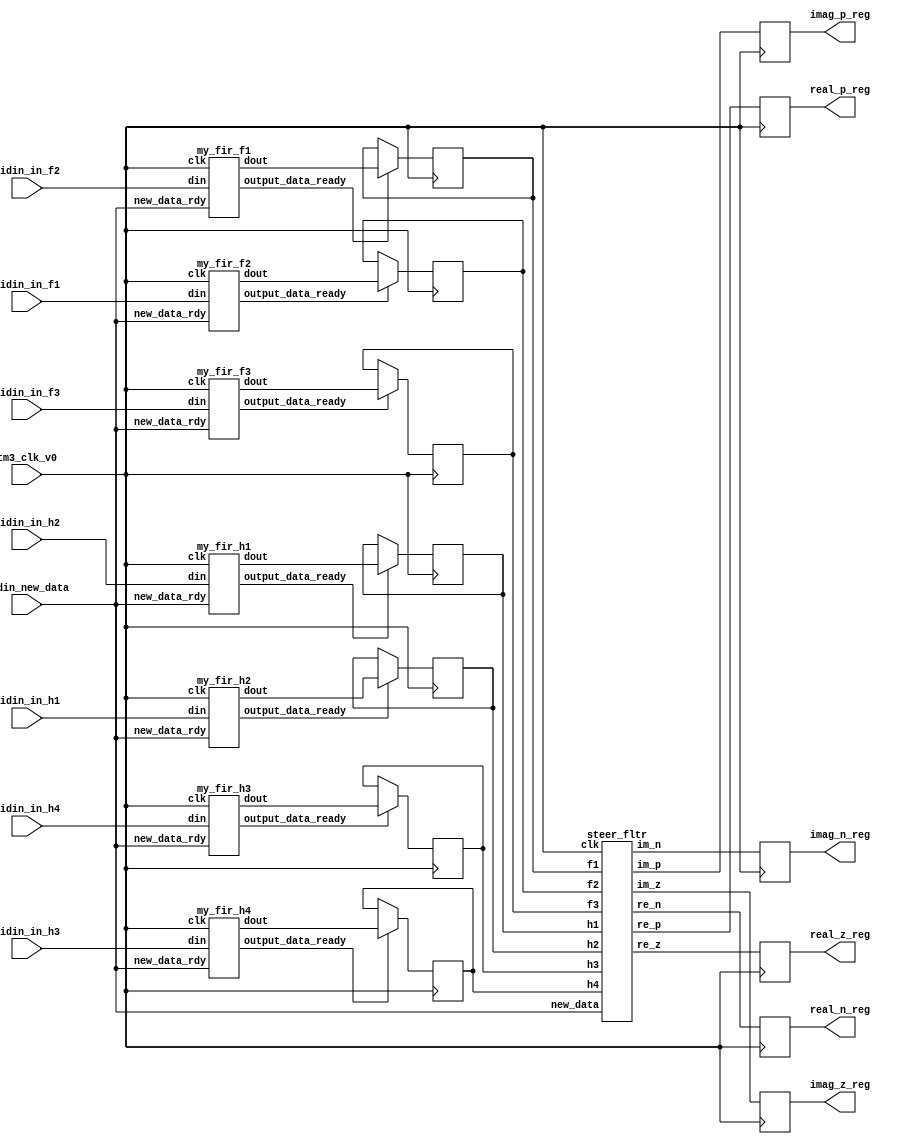
	`define WIDTH_4B 4'b1000
`define COEF0_b  29
	`define COEF1_b  101
//	`define COEF2_b  -15
//	`define COEF3_b  -235
//	`define COEF4_b  -15
	`define COEF2_b  15
	`define COEF3_b  235
	`define COEF4_b  15
	`define COEF5_b  101
	`define COEF6_b  29
	`define WIDTH_5B 5'b10000
	`define COEF0_c  4
	`define COEF1_c  42
	`define COEF2_c  163
	`define COEF3_c  255
	`define COEF4_c  163
	`define COEF5_c  42
	`define COEF6_c  4
//	`define COEF0_d  -12
//	`define COEF1_d  -77
//	`define COEF2_d  -148
	`define COEF0_d  12
	`define COEF1_d  77
	`define COEF2_d  148
	`define COEF3_d  0
	`define COEF4_d  148
	`define COEF5_d  77
	`define COEF6_d  12
	`define COEF0_1  15
//`define COEF0_1  -15
	`define COEF1_1  25
	`define COEF2_1  193
	`define COEF3_1  0
//	`define COEF4_1  -193
//	`define COEF5_1  -25
	`define COEF4_1  193
	`define COEF5_1  25
	`define COEF6_1  15
	`define COEF0_2  4
	`define COEF1_2  42
	`define COEF2_2  163
	`define COEF3_2  255
	`define COEF4_2  163
	`define COEF5_2  42
	`define COEF6_2  4
//	`define COEF0_3  -9
//	`define COEF1_3  -56
//	`define COEF2_3  -109
	`define COEF0_3  9
	`define COEF1_3  56
	`define COEF2_3  109
	`define COEF3_3  0
	`define COEF4_3  109
	`define COEF5_3  56
	`define COEF6_3  9
//	`define COEF0_4  -9
//	`define COEF1_4  -56
//	`define COEF2_4  -109
	`define COEF0_4  9
	`define COEF1_4  56
	`define COEF2_4  109
	`define COEF3_4  0
	`define COEF4_4  109
	`define COEF5_4  56
	`define COEF6_4  9

module h_fltr (tm3_clk_v0, vidin_new_data, vidin_in_f1, vidin_in_f2, vidin_in_f3, vidin_in_h1, vidin_in_h2, vidin_in_h3, vidin_in_h4, real_z_reg, imag_z_reg, real_p_reg, imag_p_reg, real_n_reg, imag_n_reg);

   input tm3_clk_v0; 
   input vidin_new_data; 
   input[15:0] vidin_in_f1; 
   input[15:0] vidin_in_f2; 
   input[15:0] vidin_in_f3; 
   input[15:0] vidin_in_h1; 
   input[15:0] vidin_in_h2; 
   input[15:0] vidin_in_h3; 
   input[15:0] vidin_in_h4; 
   output[15:0] real_z_reg; 
   reg[15:0] real_z_reg;
   output[15:0] imag_z_reg; 
   reg[15:0] imag_z_reg;
   output[15:0] real_p_reg; 
   reg[15:0] real_p_reg;
   output[15:0] imag_p_reg; 
   reg[15:0] imag_p_reg;
   output[15:0] real_n_reg; 
   reg[15:0] real_n_reg;
   output[15:0] imag_n_reg; 
   reg[15:0] imag_n_reg;

   wire[27:0] vidin_out_temp_f1; 
   reg[27:0] vidin_out_reg_f1; 
   wire my_fir_rdy_f1; 
   wire[27:0] vidin_out_temp_f2; 
   reg[27:0] vidin_out_reg_f2; 
   wire my_fir_rdy_f2; 
   wire[27:0] vidin_out_temp_f3; 
   reg[27:0] vidin_out_reg_f3; 
   wire my_fir_rdy_f3; 
   wire[27:0] vidin_out_temp_h1; 
   reg[27:0] vidin_out_reg_h1; 
   wire my_fir_rdy_h1; 
   wire[27:0] vidin_out_temp_h2; 
   reg[27:0] vidin_out_reg_h2; 
   wire my_fir_rdy_h2; 
   wire[27:0] vidin_out_temp_h3; 
   reg[27:0] vidin_out_reg_h3; 
   wire my_fir_rdy_h3; 
   wire[27:0] vidin_out_temp_h4; 
   reg[27:0] vidin_out_reg_h4; 
   wire my_fir_rdy_h4; 
   wire[28:0] sum_tmp_1; 
   wire[28:0] sum_tmp_2; 

   wire[28:0] sum_tmp_3; 
   wire[28:0] sum_tmp_4; 
   wire[30:0] sum_tmp_5; 
   wire[15:0] real_p; 
   wire[15:0] imag_p; 
   wire[15:0] real_z; 
   wire[15:0] imag_z; 
   wire[15:0] real_n; 
   wire[15:0] imag_n; 
   wire[16:0] tmp; 

   my_fir_f1 your_instance_name_f1 (tm3_clk_v0, vidin_new_data, my_fir_rdy_f1, vidin_in_f2, vidin_out_temp_f1); 
   my_fir_f2 your_instance_name_f2 (tm3_clk_v0, vidin_new_data, my_fir_rdy_f2, vidin_in_f1, vidin_out_temp_f2); 
   my_fir_f3 your_instance_name_f3 (tm3_clk_v0, vidin_new_data, my_fir_rdy_f3, vidin_in_f3, vidin_out_temp_f3); 
   my_fir_h1 your_instance_name_h1 (tm3_clk_v0, vidin_new_data, my_fir_rdy_h1, vidin_in_h2, vidin_out_temp_h1); 
   my_fir_h2 your_instance_name_h2 (tm3_clk_v0, vidin_new_data, my_fir_rdy_h2, vidin_in_h1, vidin_out_temp_h2); 
   my_fir_h3 your_instance_name_h3 (tm3_clk_v0, vidin_new_data, my_fir_rdy_h3, vidin_in_h4, vidin_out_temp_h3); 
   my_fir_h4 your_instance_name_h4 (tm3_clk_v0, vidin_new_data, my_fir_rdy_h4, vidin_in_h3, vidin_out_temp_h4); 
   steer_fltr my_steer_fltr_inst (tm3_clk_v0, vidin_new_data, vidin_out_reg_f1, vidin_out_reg_f2, vidin_out_reg_f3, vidin_out_reg_h1, vidin_out_reg_h2, vidin_out_reg_h3, vidin_out_reg_h4, real_z, imag_z, real_p, imag_p, real_n, imag_n); 

   always @(posedge tm3_clk_v0)
   begin
         if (my_fir_rdy_f1 == 1'b1)
         begin
            vidin_out_reg_f1 <= vidin_out_temp_f1 ; 
         end 
         if (my_fir_rdy_f2 == 1'b1)
         begin
            vidin_out_reg_f2 <= vidin_out_temp_f2 ; 
         end 
         if (my_fir_rdy_f3 == 1'b1)
         begin
            vidin_out_reg_f3 <= vidin_out_temp_f3 ; 
         end 
         if (my_fir_rdy_h1 == 1'b1)
         begin
            vidin_out_reg_h1 <= vidin_out_temp_h1 ; 
         end 
         if (my_fir_rdy_h2 == 1'b1)
         begin
            vidin_out_reg_h2 <= vidin_out_temp_h2 ; 
         end 
         if (my_fir_rdy_h3 == 1'b1)
         begin
            vidin_out_reg_h3 <= vidin_out_temp_h3 ; 

         end 
         if (my_fir_rdy_h4 == 1'b1)
         begin
            vidin_out_reg_h4 <= vidin_out_temp_h4 ; 
         end 
   end 

   always @(posedge tm3_clk_v0)
   begin
         real_z_reg <= real_z ; 
         imag_z_reg <= imag_z ; 
         real_p_reg <= real_p ; 
         imag_p_reg <= imag_p ; 
         real_n_reg <= real_n ; 
         imag_n_reg <= imag_n ; 
   end 
endmodule
module steer_fltr (clk, new_data, f1, f2, f3, h1, h2, h3, h4, re_z, im_z, re_p, im_p, re_n, im_n);

   input clk; 
   input new_data; 
   input[27:0] f1; 
   input[27:0] f2; 
   input[27:0] f3; 
   input[27:0] h1; 
   input[27:0] h2; 
   input[27:0] h3; 
   input[27:0] h4; 
   output[15:0] re_z; 
   reg[15:0] re_z;
   output[15:0] im_z; 
   reg[15:0] im_z;
   output[15:0] re_p; 
   reg[15:0] re_p;
   output[15:0] im_p; 
   reg[15:0] im_p;
   output[15:0] re_n; 
   reg[15:0] re_n;
   output[15:0] im_n; 
   reg[15:0] im_n;

   reg[27:0] f1_reg; 
   reg[27:0] f2_reg; 
   reg[27:0] f3_reg; 
   reg[27:0] h1_reg; 
   reg[27:0] h2_reg; 
   reg[27:0] h3_reg; 
   reg[27:0] h4_reg; 
   reg[28:0] re_z_tmp_1; 
   reg[28:0] im_z_tmp_1; 
   reg[28:0] re_p_tmp_1; 
   reg[28:0] re_p_tmp_2; 
   reg[28:0] re_p_tmp_3; 
   reg[28:0] im_p_tmp_1; 
   reg[28:0] im_p_tmp_2; 
   reg[28:0] im_p_tmp_3; 
   reg[28:0] im_p_tmp_4; 
   reg[30:0] re_z_tmp; 
   reg[30:0] im_z_tmp; 
   reg[30:0] re_p_tmp; 
   reg[30:0] im_p_tmp; 
   reg[30:0] re_n_tmp; 
   reg[30:0] im_n_tmp; 

   always @(posedge clk)
   begin
         if (new_data == 1'b1)
         begin
            f1_reg <= f1 ; 
            f2_reg <= f2 ; 
            f3_reg <= f3 ; 
            h1_reg <= h1 ; 
            h2_reg <= h2 ; 
            h3_reg <= h3 ; 
            h4_reg <= h4 ; 
         end 
   end 

   always @(posedge clk)
   begin
         re_z_tmp_1 <= {f1_reg[27], f1_reg} ; 
         im_z_tmp_1 <= {h1_reg[27], h1_reg} ; 
         re_p_tmp_1 <= {f1_reg[27], f1_reg[27], f1_reg[27:1]} ; 
         re_p_tmp_2 <= {f3_reg[27], f3_reg[27:0]} ; 
         re_p_tmp_3 <= {f2_reg[27], f2_reg[27], f2_reg[27:1]} ; 
         im_p_tmp_1 <= ({h1_reg[27], h1_reg[27], h1_reg[27], h1_reg[27:2]}) + ({h1_reg[27], h1_reg[27], h1_reg[27], h1_reg[27], h1_reg[27:3]}) ; 
         im_p_tmp_2 <= ({h4_reg[27], h4_reg}) + ({h4_reg[27], h4_reg[27], h4_reg[27], h4_reg[27], h4_reg[27], h4_reg[27:4]}) ; 
         im_p_tmp_3 <= ({h3_reg[27], h3_reg}) + ({h3_reg[27], h3_reg[27], h3_reg[27], h3_reg[27], h3_reg[27], h3_reg[27:4]}) ; 
         im_p_tmp_4 <= ({h2_reg[27], h2_reg[27], h2_reg[27], h2_reg[27:2]}) + ({h2_reg[27], h2_reg[27], h2_reg[27], h2_reg[27], h2_reg[27:3]}) ; 
         re_z_tmp <= {re_z_tmp_1[28], re_z_tmp_1[28], re_z_tmp_1} ; 
         im_z_tmp <= {im_z_tmp_1[28], im_z_tmp_1[28], im_z_tmp_1} ; 
         re_p_tmp <= ({re_p_tmp_1[28], re_p_tmp_1[28], re_p_tmp_1}) - ({re_p_tmp_2[28], re_p_tmp_2[28], re_p_tmp_2}) + ({re_p_tmp_3[28], re_p_tmp_3[28], re_p_tmp_3}) ; 
         im_p_tmp <= ({im_p_tmp_1[28], im_p_tmp_1[28], im_p_tmp_1}) - ({im_p_tmp_2[28], im_p_tmp_2[28], im_p_tmp_2}) + ({im_p_tmp_3[28], im_p_tmp_3[28], im_p_tmp_3}) - ({im_p_tmp_4[28], im_p_tmp_4[28], im_p_tmp_4}) ; 
         re_n_tmp <= ({re_p_tmp_1[28], re_p_tmp_1[28], re_p_tmp_1}) + ({re_p_tmp_2[28], re_p_tmp_2[28], re_p_tmp_2}) + ({re_p_tmp_3[28], re_p_tmp_3[28], re_p_tmp_3}) ; 
         im_n_tmp <= ({im_p_tmp_1[28], im_p_tmp_1[28], im_p_tmp_1}) + ({im_p_tmp_2[28], im_p_tmp_2[28], im_p_tmp_2}) + ({im_p_tmp_3[28], im_p_tmp_3[28], im_p_tmp_3}) + ({im_p_tmp_4[28], im_p_tmp_4[28], im_p_tmp_4}) ; 
         re_z <= re_z_tmp[30:15] ; 
         im_z <= im_z_tmp[30:15] ; 
         re_p <= re_p_tmp[30:15] ; 
         im_p <= im_p_tmp[30:15] ; 
         re_n <= re_n_tmp[30:15] ; 
         im_n <= im_n_tmp[30:15] ; 
   end 
endmodule
module my_fir_h4 (clk, new_data_rdy, output_data_ready, din, dout);

//coefdata=-9,-56,-109,0,109,56,9;
	//	parameter WIDTH = 5'b10000;

    input clk; 
    input[`WIDTH_5B - 1:0] din; 
    output[28 - 1:0] dout; 
    reg[28 - 1:0] dout;
	input new_data_rdy;
	output output_data_ready;
	reg output_data_ready;

    reg[`WIDTH_5B - 1:0]n_delay_reg1;
    reg[`WIDTH_5B - 1:0]n_delay_reg2;
    reg[`WIDTH_5B - 1:0]n_delay_reg3;
    reg[`WIDTH_5B - 1:0]n_delay_reg4;
    reg[`WIDTH_5B - 1:0]n_delay_reg5;
    reg[`WIDTH_5B - 1:0]n_delay_reg6;

    always @(posedge clk)
    begin
		if (new_data_rdy == 1'b1)
		begin
			n_delay_reg1 <= din;
			n_delay_reg2 <= n_delay_reg1;
			n_delay_reg3 <= n_delay_reg2;
			n_delay_reg4 <= n_delay_reg3;
			n_delay_reg5 <= n_delay_reg4;
			n_delay_reg6 <= n_delay_reg5;
		
			output_data_ready <= 1'b1;
			dout <= (din * `COEF0_4) + 
				(n_delay_reg1 * `COEF1_4) + 
				(n_delay_reg2 * `COEF2_4) + 
				(n_delay_reg4 * `COEF4_4) + 
				(n_delay_reg5 * `COEF5_4) + 
				(n_delay_reg6 * `COEF6_4);
		end
		else
		begin
			output_data_ready <= 1'b0;
		end
	end
endmodule
module my_fir_h3 (clk, new_data_rdy, output_data_ready, din, dout);

//coefdata=-9,-56,-109,0,109,56,9;
//	parameter WIDTH = 5'b10000;

    input clk; 
    input[`WIDTH_5B - 1:0] din; 
    output[28 - 1:0] dout; 
    reg[28 - 1:0] dout;
	input new_data_rdy;
	output output_data_ready;
	reg output_data_ready;

    reg[`WIDTH_5B - 1:0]n_delay_reg1;
    reg[`WIDTH_5B - 1:0]n_delay_reg2;
    reg[`WIDTH_5B - 1:0]n_delay_reg3;
    reg[`WIDTH_5B - 1:0]n_delay_reg4;
    reg[`WIDTH_5B - 1:0]n_delay_reg5;
    reg[`WIDTH_5B - 1:0]n_delay_reg6;

    always @(posedge clk)
    begin
		if (new_data_rdy == 1'b1)
		begin
			n_delay_reg1 <= din;
			n_delay_reg2 <= n_delay_reg1;
			n_delay_reg3 <= n_delay_reg2;
			n_delay_reg4 <= n_delay_reg3;
			n_delay_reg5 <= n_delay_reg4;
			n_delay_reg6 <= n_delay_reg5;
		
			output_data_ready <= 1'b1;
			dout <= (din * `COEF0_3) + 
				(n_delay_reg1 * `COEF1_3) + 
				(n_delay_reg2 * `COEF2_3) + 
				(n_delay_reg4 * `COEF4_3) + 
				(n_delay_reg5 * `COEF5_3) + 
				(n_delay_reg6 * `COEF6_3);
		end
		else
		begin
			output_data_ready <= 1'b0;
		end
	end
endmodule
module my_fir_h2 (clk, new_data_rdy, output_data_ready, din, dout);

//coefdata=4,42,163,255,163,42,4;

//	parameter `WIDTH = 5'b10000;

    input clk; 
    input[`WIDTH_5B - 1:0] din; 
    output[28 - 1:0] dout; 
    reg[28 - 1:0] dout;
	input new_data_rdy;
	output output_data_ready;
	reg output_data_ready;

    reg[`WIDTH_5B - 1:0]n_delay_reg1;
    reg[`WIDTH_5B - 1:0]n_delay_reg2;
    reg[`WIDTH_5B - 1:0]n_delay_reg3;
    reg[`WIDTH_5B - 1:0]n_delay_reg4;
    reg[`WIDTH_5B - 1:0]n_delay_reg5;
    reg[`WIDTH_5B - 1:0]n_delay_reg6;

    always @(posedge clk)
    begin
		if (new_data_rdy == 1'b1)
		begin
			n_delay_reg1 <= din;
			n_delay_reg2 <= n_delay_reg1;
			n_delay_reg3 <= n_delay_reg2;
			n_delay_reg4 <= n_delay_reg3;
			n_delay_reg5 <= n_delay_reg4;
			n_delay_reg6 <= n_delay_reg5;
		
			output_data_ready <= 1'b1;
			dout <= (din * `COEF0_2) + 
				(n_delay_reg1 * `COEF1_2) + 
				(n_delay_reg2 * `COEF2_2) + 
				(n_delay_reg3 * `COEF3_2) + 
				(n_delay_reg4 * `COEF4_2) + 
				(n_delay_reg5 * `COEF5_2) + 
				(n_delay_reg6 * `COEF6_2);
		end
		else
		begin
			output_data_ready <= 1'b0;
		end
	end
endmodule
module my_fir_h1 (clk, new_data_rdy, output_data_ready, din, dout);

//coefdata=-15,25,193,0,-193,-25,15;


//	parameter `WIDTH = 5'b10000;

    input clk; 
    input[`WIDTH_5B - 1:0] din; 
    output[28 - 1:0] dout; 
    reg[28 - 1:0] dout;
	input new_data_rdy;
	output output_data_ready;
	reg output_data_ready;

    reg[`WIDTH_5B - 1:0]n_delay_reg1;
    reg[`WIDTH_5B - 1:0]n_delay_reg2;
    reg[`WIDTH_5B - 1:0]n_delay_reg3;
    reg[`WIDTH_5B - 1:0]n_delay_reg4;
    reg[`WIDTH_5B - 1:0]n_delay_reg5;
    reg[`WIDTH_5B - 1:0]n_delay_reg6;

    always @(posedge clk)
    begin
		if (new_data_rdy == 1'b1)
		begin
			n_delay_reg1 <= din;
			n_delay_reg2 <= n_delay_reg1;
			n_delay_reg3 <= n_delay_reg2;
			n_delay_reg4 <= n_delay_reg3;
			n_delay_reg5 <= n_delay_reg4;
			n_delay_reg6 <= n_delay_reg5;
		
			output_data_ready <= 1'b1;
			dout <= (din * `COEF0_1) + 
				(n_delay_reg1 * `COEF1_1) + 
				(n_delay_reg2 * `COEF2_1) + 
				(n_delay_reg4 * `COEF4_1) + 
				(n_delay_reg5 * `COEF5_1) + 
				(n_delay_reg6 * `COEF6_1);
		end
		else
		begin
			output_data_ready <= 1'b0;
		end
	end
endmodule
module my_fir_f3 (clk, new_data_rdy, output_data_ready, din, dout);

//coefdata=-12,-77,-148,0,148,77,12;

//	parameter `WIDTH = 5'b10000;

    input clk; 
    input[`WIDTH_5B - 1:0] din; 
    output[28 - 1:0] dout; 
    reg[28 - 1:0] dout;
	input new_data_rdy;
	output output_data_ready;
	reg output_data_ready;

    reg[`WIDTH_5B - 1:0]n_delay_reg1;
    reg[`WIDTH_5B - 1:0]n_delay_reg2;
    reg[`WIDTH_5B - 1:0]n_delay_reg3;
    reg[`WIDTH_5B - 1:0]n_delay_reg4;
    reg[`WIDTH_5B - 1:0]n_delay_reg5;
    reg[`WIDTH_5B - 1:0]n_delay_reg6;

    always @(posedge clk)
    begin
		if (new_data_rdy == 1'b1)
		begin
			n_delay_reg1 <= din;
			n_delay_reg2 <= n_delay_reg1;
			n_delay_reg3 <= n_delay_reg2;
			n_delay_reg4 <= n_delay_reg3;
			n_delay_reg5 <= n_delay_reg4;
			n_delay_reg6 <= n_delay_reg5;
		
			output_data_ready <= 1'b1;
			dout <= (din * `COEF0_d) + 
				(n_delay_reg1 * `COEF1_d) + 
				(n_delay_reg2 * `COEF2_d) + 
				(n_delay_reg4 * `COEF4_d) + 
				(n_delay_reg5 * `COEF5_d) + 
				(n_delay_reg6 * `COEF6_d);
		end
		else
		begin
			output_data_ready <= 1'b0;
		end
	end
endmodule
module my_fir_f2 (clk, new_data_rdy, output_data_ready, din, dout);

//coefdata=4,42,163,255,163,42,4;


//	parameter WIDTH = 5'b10000;

    input clk; 
    input[`WIDTH_5B - 1:0] din; 
    output[28 - 1:0] dout; 
    reg[28 - 1:0] dout;
	input new_data_rdy;
	output output_data_ready;
	reg output_data_ready;

    reg[`WIDTH_5B - 1:0]n_delay_reg1;
    reg[`WIDTH_5B - 1:0]n_delay_reg2;
    reg[`WIDTH_5B - 1:0]n_delay_reg3;
    reg[`WIDTH_5B - 1:0]n_delay_reg4;
    reg[`WIDTH_5B - 1:0]n_delay_reg5;
    reg[`WIDTH_5B - 1:0]n_delay_reg6;

    always @(posedge clk)
    begin
		if (new_data_rdy == 1'b1)
		begin
			n_delay_reg1 <= din;
			n_delay_reg2 <= n_delay_reg1;
			n_delay_reg3 <= n_delay_reg2;
			n_delay_reg4 <= n_delay_reg3;
			n_delay_reg5 <= n_delay_reg4;
			n_delay_reg6 <= n_delay_reg5;
		
			output_data_ready <= 1'b1;
			dout <= (din * `COEF0_c) + 
				(n_delay_reg1 * `COEF1_c) + 
				(n_delay_reg2 * `COEF2_c) + 
				(n_delay_reg3 * `COEF3_c) + 
				(n_delay_reg4 * `COEF4_c) + 
				(n_delay_reg5 * `COEF5_c) + 
				(n_delay_reg6 * `COEF6_c);

		end
		else
		begin
			output_data_ready <= 1'b0;
		end
	end
endmodule
module my_fir_f1 (clk, new_data_rdy, output_data_ready, din, dout);

//coefdata=29,101,-15,-235,-15,101,29;

	//parameter `WIDTH = 5'b10000;

    input clk; 
    input[`WIDTH_5B - 1:0] din; 
    output[28 - 1:0] dout; 
    reg[28 - 1:0] dout;
	input new_data_rdy;
	output output_data_ready;
	reg output_data_ready;

    reg[`WIDTH_5B - 1:0]n_delay_reg1;
    reg[`WIDTH_5B - 1:0]n_delay_reg2;
    reg[`WIDTH_5B - 1:0]n_delay_reg3;
    reg[`WIDTH_5B - 1:0]n_delay_reg4;
    reg[`WIDTH_5B - 1:0]n_delay_reg5;
    reg[`WIDTH_5B - 1:0]n_delay_reg6;

    always @(posedge clk)
    begin
		if (new_data_rdy == 1'b1)
		begin
			n_delay_reg1 <= din;
			n_delay_reg2 <= n_delay_reg1;
			n_delay_reg3 <= n_delay_reg2;
			n_delay_reg4 <= n_delay_reg3;
			n_delay_reg5 <= n_delay_reg4;
			n_delay_reg6 <= n_delay_reg5;
		
			output_data_ready <= 1'b1;
			dout <= (din * `COEF0_b) + 
				(n_delay_reg1 * `COEF1_b) + 
				(n_delay_reg2 * `COEF2_b) + 
				(n_delay_reg3 * `COEF3_b) + 
				(n_delay_reg4 * `COEF4_b) + 
				(n_delay_reg5 * `COEF5_b) + 
				(n_delay_reg6 * `COEF6_b);
		end
		else
		begin
			output_data_ready <= 1'b0;
		end
	end
endmodule